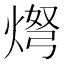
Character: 𬊨